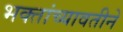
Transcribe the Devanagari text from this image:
भक्तांच्यावतीने